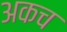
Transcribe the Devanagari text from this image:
अकच